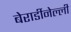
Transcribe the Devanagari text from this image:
बेरार्डीनेल्ली